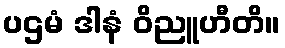
ပဌမံ ဒါနံ ဝိညူဟီတိ။